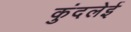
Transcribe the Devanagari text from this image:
कुंदलेई